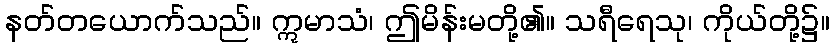
နတ်တယောက်သည်။ ဣမာသံ၊ ဤမိန်းမတို့၏။ သရီရေသု၊ ကိုယ်တို့၌။